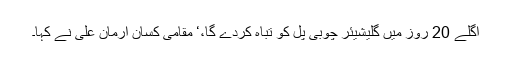
اگلے 20 روز میں گلیشیئر چوبی پل کو تباہ کردے گا،‘ مقامی کسان ارمان علی نے کہا۔